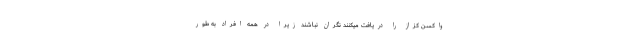
واکسن کزاز را دریافت میکنند نگران نباشند زیرا در همه افراد به طور